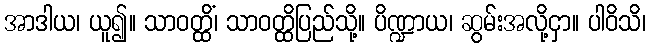
အာဒါယ၊ ယူ၍။ သာဝတ္ထိံ၊ သာဝတ္ထိပြည်သို့။ ပိဏ္ဍာယ၊ ဆွမ်းအလို့ငှာ။ ပါဝိသိ၊